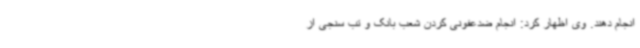
انجام دهند. وی اظهار کرد: انجام ضدعفونی کردن شعب بانک و تب سنجی از